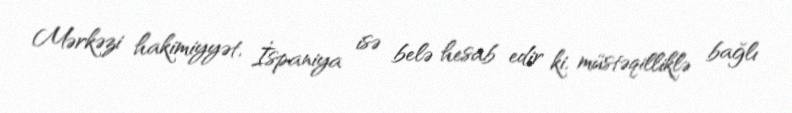
Mərkəzi hakimiyyət, İspaniya isə belə hesab edir ki, müstəqilliklə bağlı